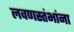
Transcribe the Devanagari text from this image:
लवणस्तंभांना